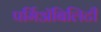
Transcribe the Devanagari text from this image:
पर्मिअॅबिलिटी